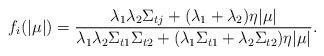
LaTeX: \begin{align*}f_i(|\mu|) = \frac{\lambda_1\lambda_2\Sigma_{tj}+(\lambda_1+\lambda_2)\eta|\mu|}{\lambda_1\lambda_2\Sigma_{t1}\Sigma_{t2} + (\lambda_1\Sigma_{t1}+\lambda_2\Sigma_{t2})\eta|\mu|}.\end{align*}